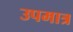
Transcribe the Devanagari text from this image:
उपमात्र